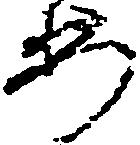
安